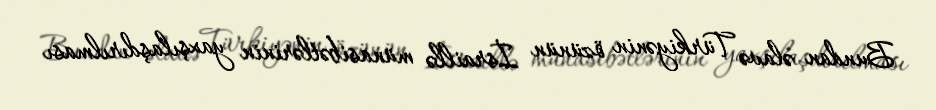
Bundan əlavə Türkiyənin özünün İsraillə münasibətlərinin yaxşılaşdırılması